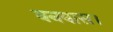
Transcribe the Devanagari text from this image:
वनवास।